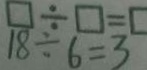
1 8 \div 6 = 3